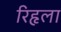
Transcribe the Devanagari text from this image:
रिहृला